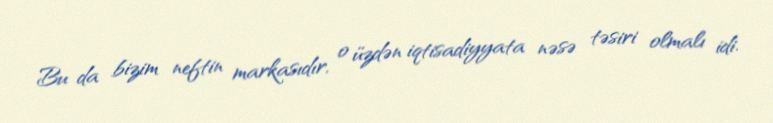
Bu da bizim neftin markasıdır, o üzdən iqtisadiyyata nəsə təsiri olmalı idi.